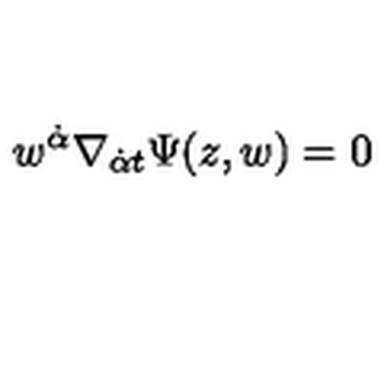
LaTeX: w ^ { { \dot { \alpha } } } \nabla _ { { \dot { \alpha } } t } \Psi ( z , w ) = 0